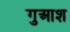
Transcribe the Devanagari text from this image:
गुआश